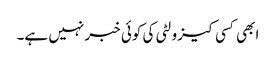
ابھی کسی کیزولٹی کی کوئی خبر نہیں ہے۔